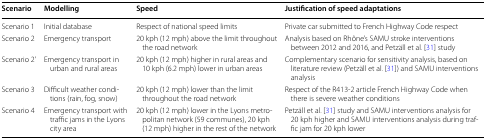
<table><thead><tr><td><b>Scenario</b></td><td><b>Modelling</b></td><td><b>Speed</b></td><td><b>Justification of speed adaptations</b></td></tr></thead><tbody><tr><td>Scenario 1</td><td>Initial database</td><td>Respect of national speed limits</td><td>Private car submitted to French Highway Code respect</td></tr><tr><td>Scenario 2</td><td>Emergency transport</td><td>20 kph (12 mph) above the limit throughout the road network</td><td>Analysis based on Rhône’s SAMU stroke interventions between 2012 and 2016, and Petzäll et al. [31] study</td></tr><tr><td>Scenario 2’</td><td>Emergency transport in urban and rural areas</td><td>20 kph (12 mph) higher in rural areas and 10 kph (6.2 mph) lower in urban areas</td><td>Complementary scenario for sensitivity analysis, based on literature review (Petzäll et al. [31]) and SAMU interventions analysis</td></tr><tr><td>Scenario 3</td><td>Difficult weather conditions (rain, fog, snow)</td><td>20 kph (12 mph) lower than the limit throughout the road network</td><td>Respect of the R413-2 article French Highway Code when there is severe weather conditions</td></tr><tr><td>Scenario 4</td><td>Emergency transport with traffic jams in the Lyons city area</td><td>20 kph (12 mph) lower in the Lyons metropolitan network (59 communes), 20 kph (12 mph) higher in the rest of the network</td><td>Petzäll et al. [31] study and SAMU interventions analysis for 20 kph higher and SAMU interventions analysis during traffic jam for 20 kph lower</td></tr></tbody></table>